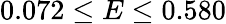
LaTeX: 0.072\leq E\leq 0.580